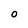
Character: O